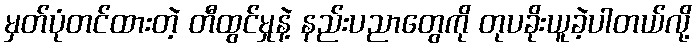
မှတ်ပုံတင်ထားတဲ့ တီထွင်မှုနဲ့ နည်းပညာတွေကို တုပခိုးယူခဲ့ပါတယ်လို့